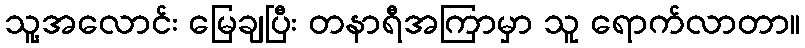
သူ့အလောင်း မြေချပြီး တနာရီအကြာမှာ သူ ရောက်လာတာ။